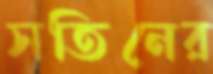
সতিনের